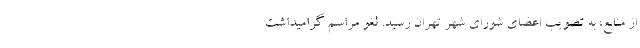
از منابع، به تصویب اعضای شورای شهر تهران رسید. لغو مراسم گرامیداشت